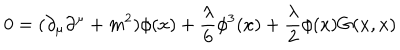
LaTeX: 0 = ( \partial _ { \mu } \partial ^ { \mu } + m ^ { 2 } ) { \phi ( x ) } + { \frac { \lambda } { 6 } } \phi ^ { 3 } ( x ) + { \frac { \lambda } { 2 } } \phi ( x ) G ( x , x )